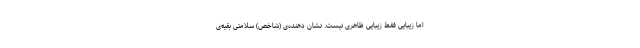
اما زیبایی فقط زیبایی ظاهری نیست. نشان دهنده‌ی (شاخص) سلامتی بقیه‌ی